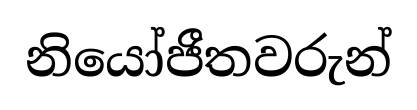
නියෝජීතවරුන්